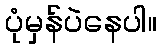
ပုံမှန်ပဲနေပါ။